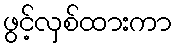
ဖွင့်လှစ်ထားကာ